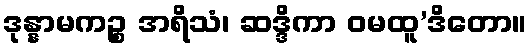
ဒုန္နာမကဉ္စ အရိသံ၊ ဆဒ္ဒိကာ ဝမထူ’ဒိတော။